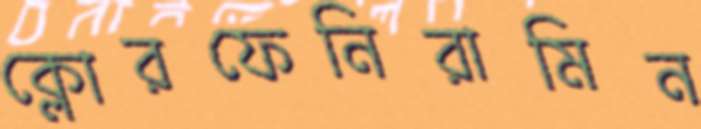
ক্লোরফেনিরামিন